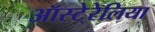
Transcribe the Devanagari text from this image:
ऑस्टे्रेलिया